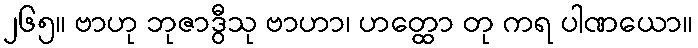
၂၆၅။ ဗာဟု ဘုဇာဒွီသု ဗာဟာ၊ ဟတ္ထော တု ကရ ပါဏယော။